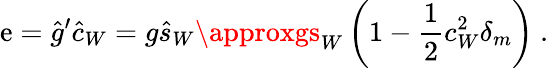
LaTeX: \mathrm{e}=\hat{{g}}^{\prime}\hat{{c}}_{W}=g\hat{{s}}_{W}\approxgs_{W}\left(1-\frac{{1}}{{2}}c_{W}^{2}\delta_{m}\right)\ .